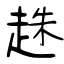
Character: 趎